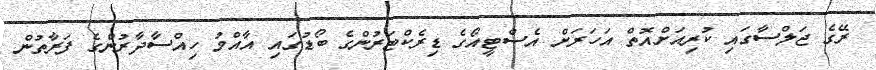
ރޭގެ ޖަލްސާގައި ކުރިއަށްއޮތް އަހަރަށް އެސްޓީއޯގެ ޑިރެކްޓަރުންގެ ބޯޑުގައި އާއްމު ހިއްސާދާރުންގެ ފަރާތުން